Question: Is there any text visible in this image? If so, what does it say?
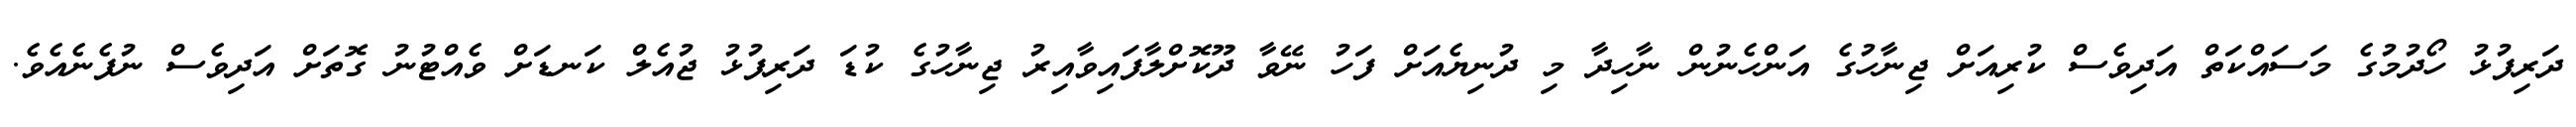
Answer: ދަރިފުޅު ހޯދުމުގެ މަސައްކަތް އަދިވެސް ކުރިއަށް ޖިނާހުގެ އަންހެނުން ނާހިދާ މި ދުނިޔެއަށް ފަހު ނޭވާ ދޫކޮށްލާފައިވާއިރު ޖިނާހުގެ ކުޑަ ދަރިފުޅު ޖުއެލް ކަނޑަށް ވެއްޓުނު ގޮތަށް އަދިވެސް ނުފެނެއެވެ.